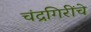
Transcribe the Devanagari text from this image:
चंद्रगिरींचे